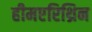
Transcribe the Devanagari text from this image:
हीमएरिथ्रिन